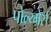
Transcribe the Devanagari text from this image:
पोल्य्मेर्स